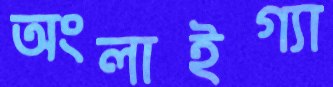
অংলাইগ্যা